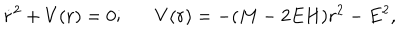
LaTeX: \dot { r } ^ { 2 } + V ( r ) = 0 ; V ( r ) = - ( M - 2 E H ) r ^ { 2 } - E ^ { 2 } ,